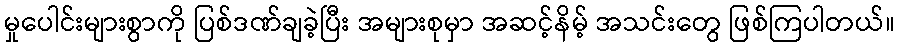
မှုပေါင်းများစွာကို ပြစ်ဒဏ်ချခဲ့ပြီး အများစုမှာ အဆင့်နိမ့် အသင်းတွေ ဖြစ်ကြပါတယ်။